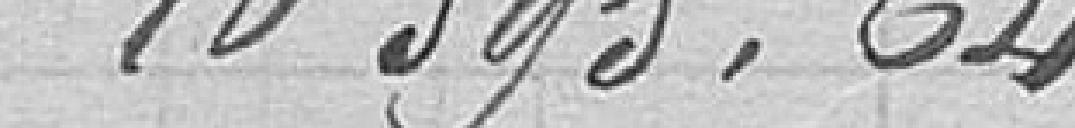
10595,64